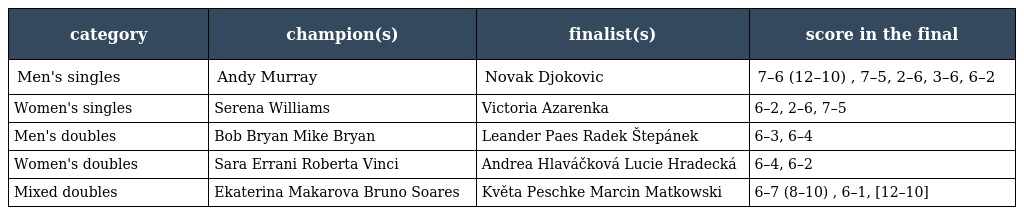
| category | champion(s) | finalist(s) | score in the final |
 | --- | --- | --- | --- |
 | Men's singles | Andy Murray | Novak Djokovic | 7–6 (12–10) , 7–5, 2–6, 3–6, 6–2 |
 | Women's singles | Serena Williams | Victoria Azarenka | 6–2, 2–6, 7–5 |
 | Men's doubles | Bob Bryan Mike Bryan | Leander Paes Radek Štepánek | 6–3, 6–4 |
 | Women's doubles | Sara Errani Roberta Vinci | Andrea Hlaváčková Lucie Hradecká | 6–4, 6–2 |
 | Mixed doubles | Ekaterina Makarova Bruno Soares | Květa Peschke Marcin Matkowski | 6–7 (8–10) , 6–1, [12–10] |